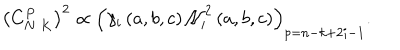
\left( C _ { N \ K } ^ { P } \right) ^ { 2 } \propto \left( \gamma _ { i } \left( a , b , c \right) \mathcal { N } _ { i } ^ { 2 } \left( a , b , c \right) \right) _ { p = n - k + 2 i - 1 } .